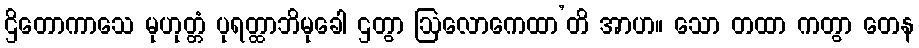
ဌိတောကာသေ မုဟုတ္တံ ပုရတ္ထာဘိမုခေါ ဌတွာ ဩလောကေထာ’တိ အာဟ။ သော တထာ ကတွာ တေန